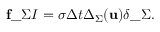
\mathbf { f } \_ { \Sigma I } = \sigma \Delta t \Delta _ { \Sigma } ( \mathbf { u } ) \delta \_ \Sigma .